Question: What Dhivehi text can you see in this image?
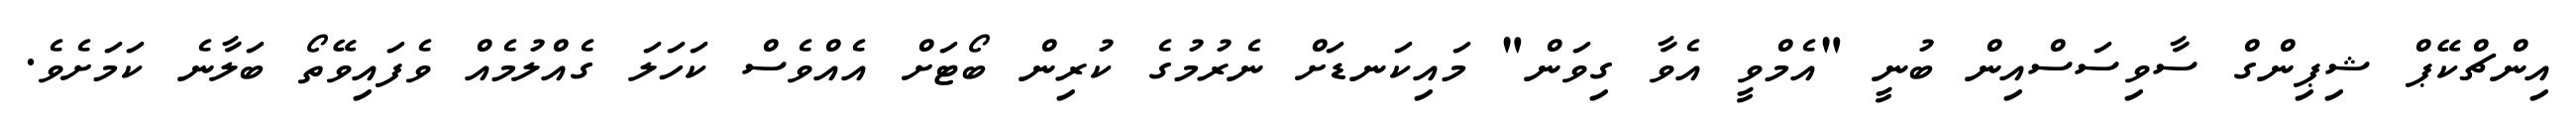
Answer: އިންޗްކޭޕް ޝިޕިންގް ސާވިސަސްއިން ބުނީ "އެމްވީ އެވާ ގިވަން" މައިކަނޑަށް ނެރުމުގެ ކުރިން ބޯޓަށް އެއްވެސް ކަހަލަ ގެއްލުމެއް ވެފައިވޭތޯ ބަލާނެ ކަމަށެވެ.